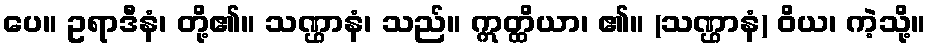
ပေ။ ဥရာဒီနံ၊ တို့၏။ သဏ္ဌာနံ၊ သည်။ ဣတ္ထိယာ၊ ၏။ (သဏ္ဌာနံ) ဝိယ၊ ကဲ့သို့။